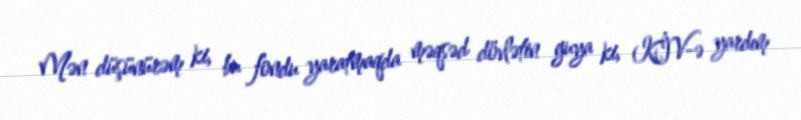
Mən düşünürəm ki, bu fondu yaratmaqda məqsəd dövlətin guya ki, KİV-ə yardım